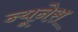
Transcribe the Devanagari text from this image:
न्यूनेस